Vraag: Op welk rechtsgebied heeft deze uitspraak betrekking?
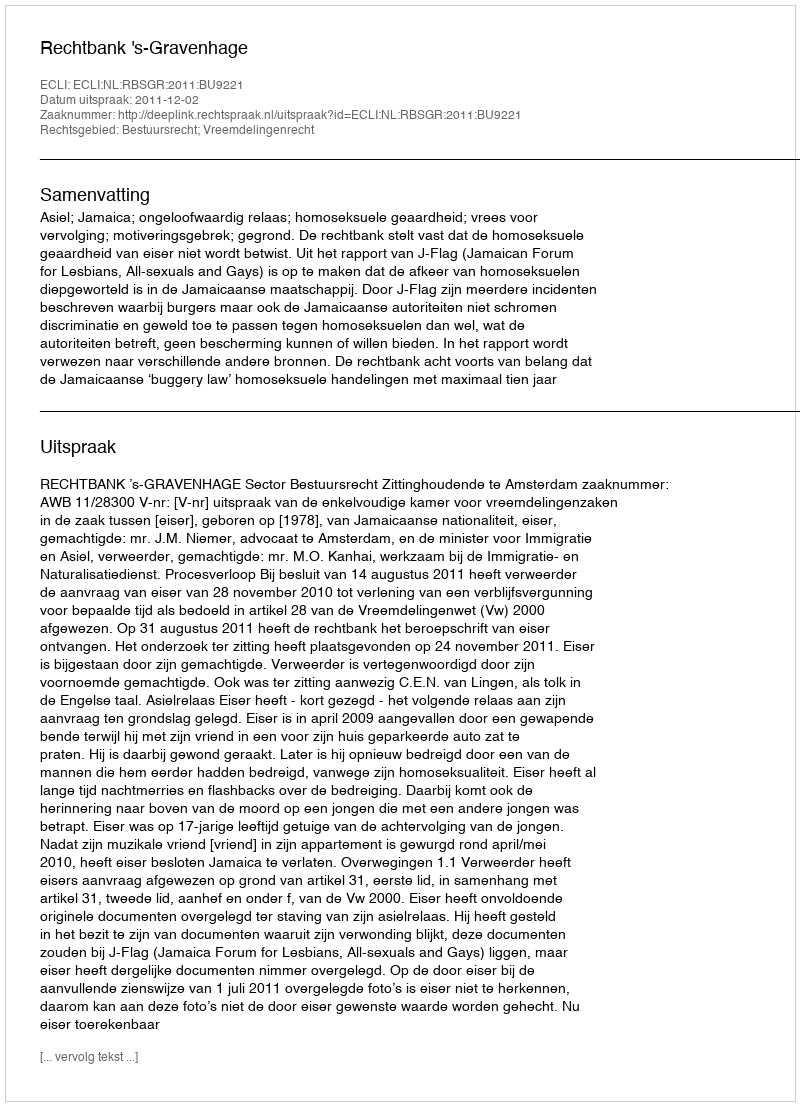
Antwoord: Bestuursrecht; Vreemdelingenrecht